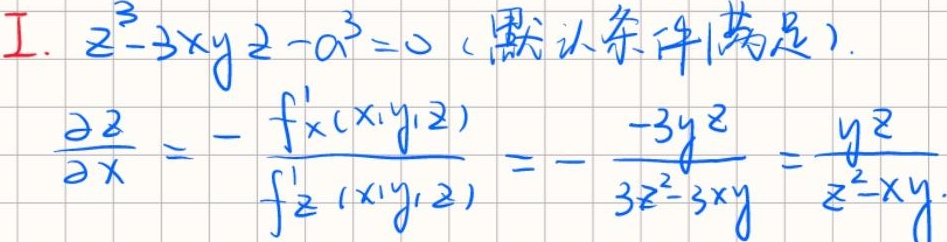
1. $z^{3}-3xyz - a^{3}=0$ (默认条件满足).
$\frac{\partial z}{\partial x}=-\frac{f_x(x,y,z)}{f_z(x,y,z)}=-\frac{-3yz}{3z^{2}-3xy}=\frac{yz}{z^{2}-xy}.$